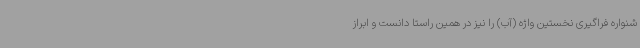
شنواره فراگیری نخستین واژه (آب) را نیز در همین راستا دانست و ابراز